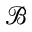
\mathcal { B }